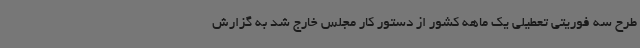
طرح سه فوریتی تعطیلی یک ماهه کشور از دستور کار مجلس خارج شد به گزارش